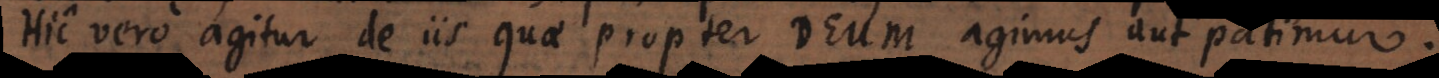
Hic vero agitur de iis quae propter Deum agimus aut patimur.